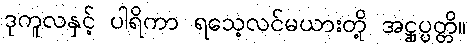
ဒုကူလနှင့် ပါရိကာ ရသေ့လင်မယားတို့ အဋ္ဌုပ္ပတ္တိ။